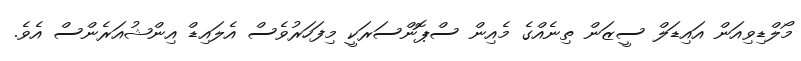
މޯލްޑިވިއަން އައިޑަލް ސީޒަން ތިނެއްގެ މެއިން ސްޕޮންސަރަކީ މިފަހަރުވެސް އެލައިޑް އިންޝުއަރެންސް އެވެ.